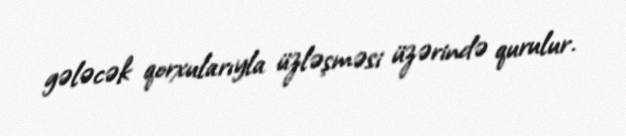
gələcək qorxularıyla üzləşməsi üzərində qurulur.